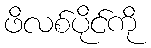
ဖိလစ်ပိုင်ကို